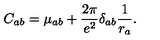
C _ { a b } = \mu _ { a b } + \frac { 2 \pi } { e ^ { 2 } } \delta _ { a b } \frac { 1 } { r _ { a } } .